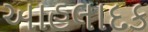
આહલાદક